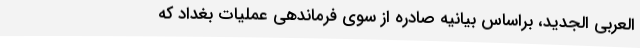
العربی الجدید، براساس بیانیه صادره از سوی فرماندهی عملیات بغداد که